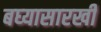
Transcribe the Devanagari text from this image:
बघ्‍यासारखी